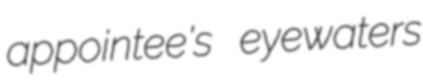
appointee's eyewaters